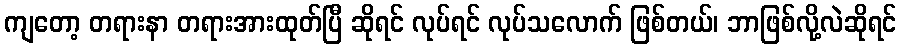
ကျတော့ တရားနာ တရားအားထုတ်ပြီ ဆိုရင် လုပ်ရင် လုပ်သလောက် ဖြစ်တယ်၊ ဘာဖြစ်လို့လဲဆိုရင်